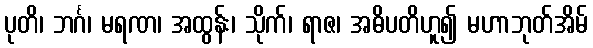
ပုတိ၊ ဘင်္ဂ၊ မရဏ၊ အထွန်း၊ သိုက်၊ ရာဇ၊ အဓိပတိဟူ၍ မဟာဘုတ်အိမ်